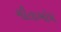
ગીતાબોધ